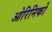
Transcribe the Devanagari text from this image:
ओरिनिको